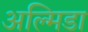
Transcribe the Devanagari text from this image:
अल्मिडा